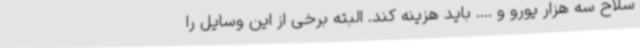
سلاح سه هزار یورو و .... باید هزینه کند. البته برخی از این وسایل را